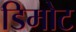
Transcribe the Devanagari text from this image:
डिमोट